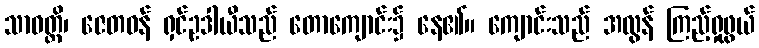
သာဝတ္ထိ၊ ဇေတဝန် ရှင်ဥဒါယီသည် တောကျောင်း၌ နေ၏။ ကျောင်းသည် အလွန် ကြည့်ရှုဖွယ်